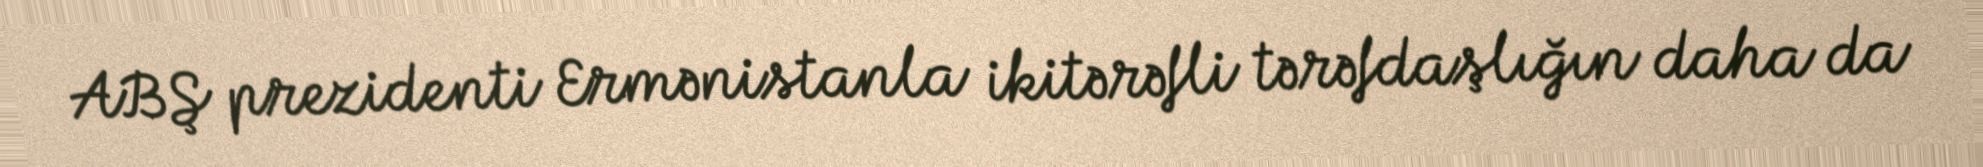
ABŞ prezidenti Ermənistanla ikitərəfli tərəfdaşlığın daha da